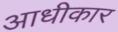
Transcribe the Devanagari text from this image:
आधीकार